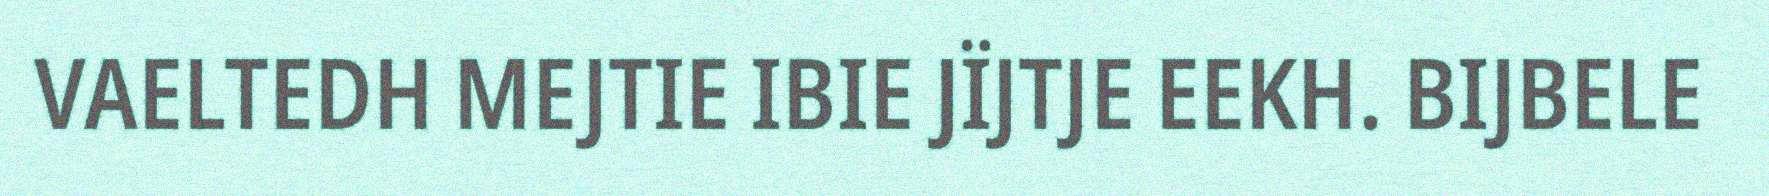
VAELTEDH MEJTIE IBIE JÏJTJE EEKH. BIJBELE